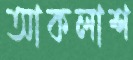
আকলাশ